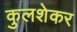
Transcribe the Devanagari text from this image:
कुलशेकर